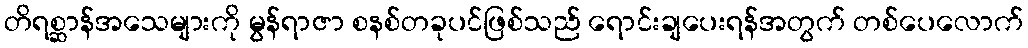
တိရစ္ဆာန်အသေများကို မွန်ရာဇာ စနစ်တခုပင်ဖြစ်သည် ရောင်းချပေးရန်အတွက် တစ်ပေလောက်